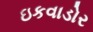
ઇકવાડોર